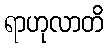
ရာဟုလာတိ